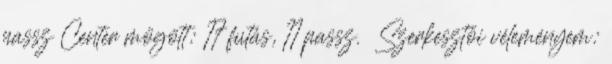
passz Center mögött: 17 futás, 11 passz. Szerkesztői véleményem: